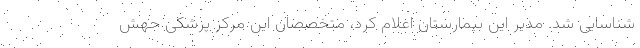
شناسایی شد. مدیر این بیمارستان اعلام کرد، متخصصان این مرکز پزشکی جهش